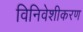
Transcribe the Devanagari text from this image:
विनिवेशीकरण